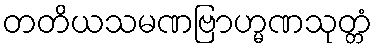
တတိယသမဏဗြာဟ္မဏသုတ္တံ